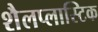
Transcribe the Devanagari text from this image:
शैलप्लास्टिक